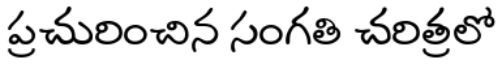
ప్రచురించిన సంగతి చరిత్రలో